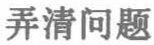
弄清问题